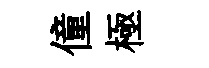
僮極